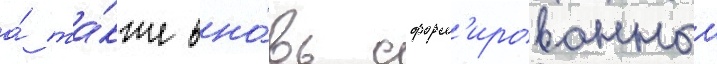
а́ та́кже вно́вь сформ'ированныи